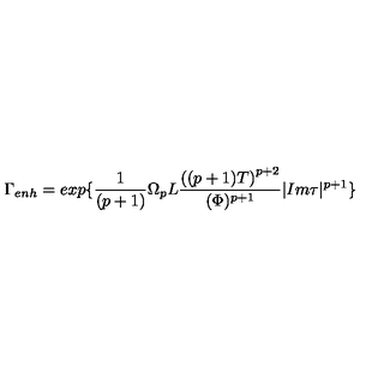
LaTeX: { \Gamma } _ { e n h } = e x p \{ \frac { 1 } { ( p + 1 ) } { \Omega } _ { p } L \frac { { \left( ( p + 1 ) T \right) } ^ { p + 2 } } { ( { \Phi } ) ^ { p + 1 } } | I m { \tau } | ^ { p + 1 } \}